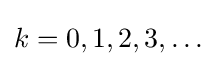
k=0,1,2,3,\ldots